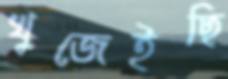
খুজেইছি